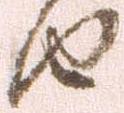
由